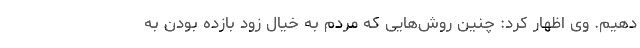
دهیم. وی اظهار کرد: چنین روش‌هایی که مردم به خیال زود بازده بودن به